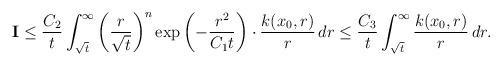
LaTeX: \begin{align*}\mathbf{I}&\leq \frac{C_2}{t} \int^\infty_{\sqrt{t}} \left(\frac{r}{\sqrt{t}} \right)^n \exp\left(-\frac{r^2}{C_1t} \right)\cdot \frac{k(x_0,r)}{r}\,dr\leq \frac{C_3}{t} \int^\infty_{\sqrt{t}} \frac{k(x_0,r)}{r}\,dr.\end{align*}